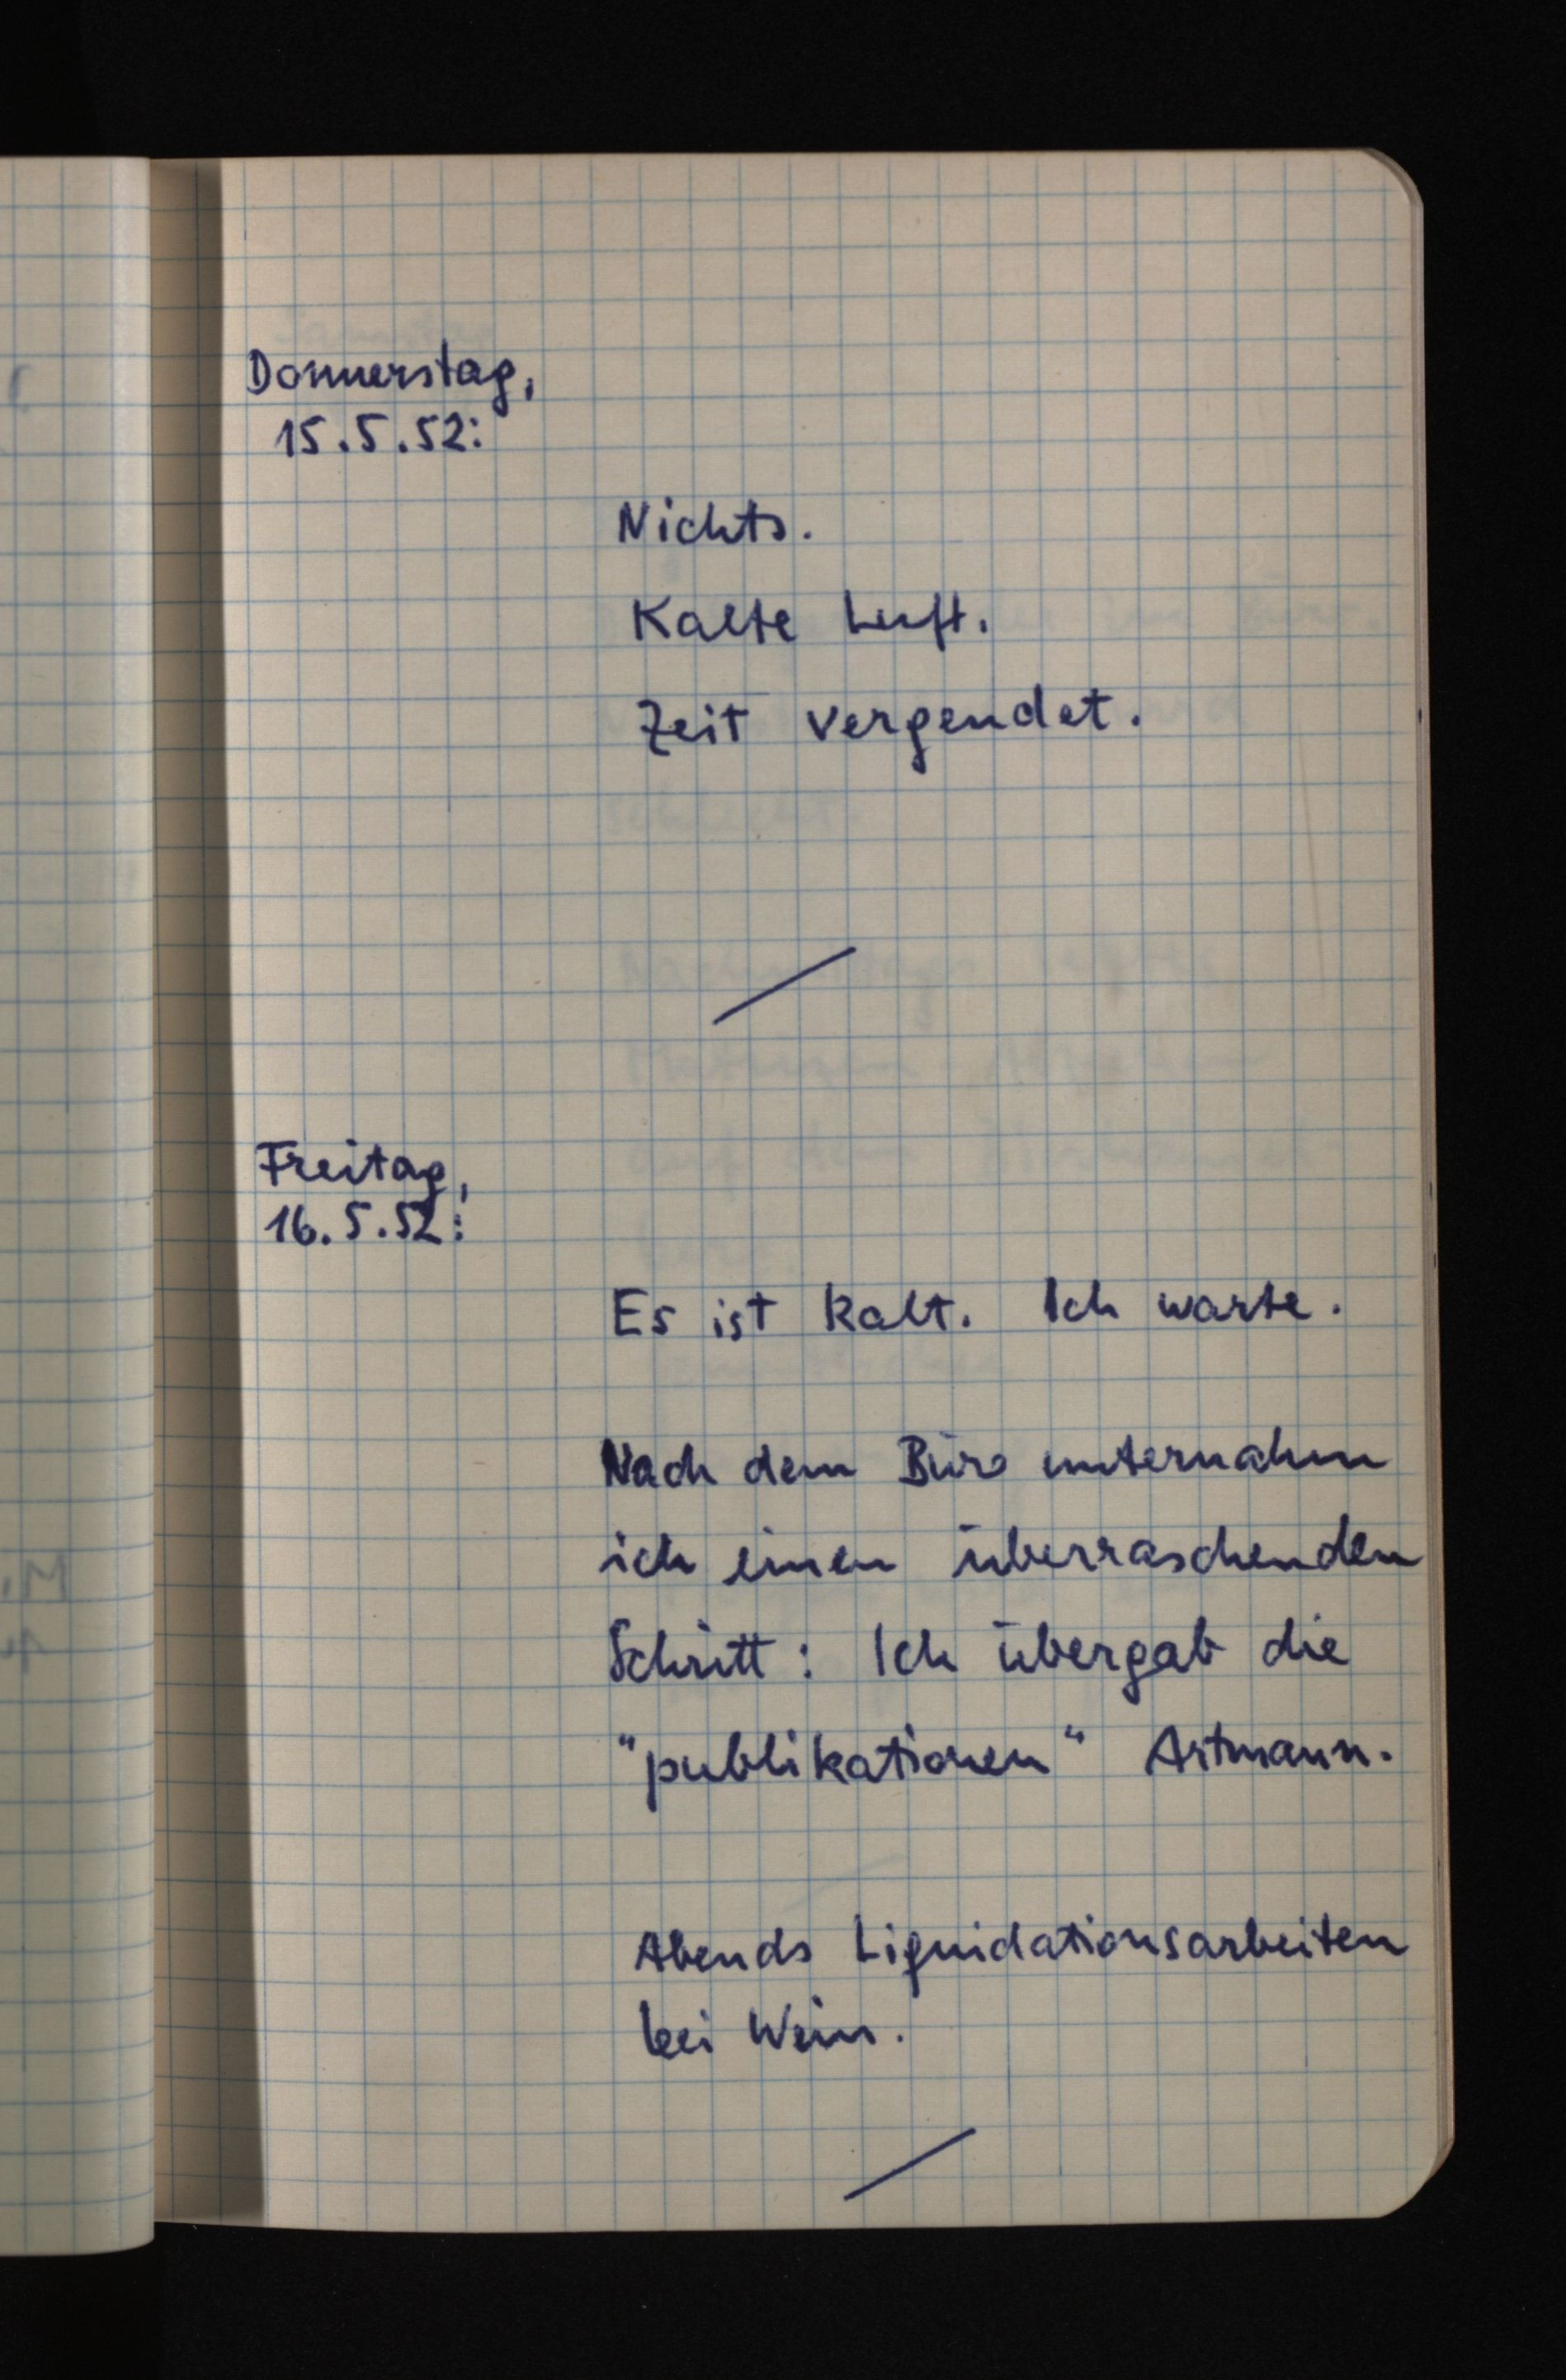
Donnerstag,
15.5.52:
Nichts.
Kalte Luft.
Zeit vergeudet.
Freitag,
16.5.52:
Es ist kalt. Ich warte.
Nach dem Büro unternahm
ich einen überraschenden
Schritt: Ich übergab die
"publikationen" Artmann.
Abends Liquidationsarbeiten
bei Wein.